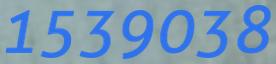
1539038